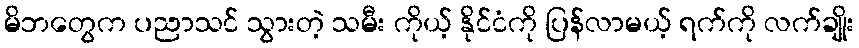
မိဘတွေက ပညာသင် သွားတဲ့ သမီး ကိုယ့် နိုင်ငံကို ပြန်လာမယ့် ရက်ကို လက်ချိုး